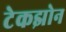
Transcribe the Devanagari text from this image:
टेकझोन